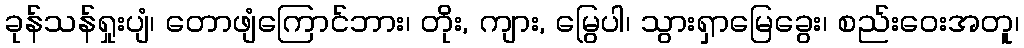
ခုန်သန်ရှုးပျံ၊ တောဖျံကြောင်ဘား၊ တိုး, ကျား, မြွေပါ၊ သွားရှာမြေခွေး၊ စည်းဝေးအတူ၊